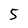
Character: 5